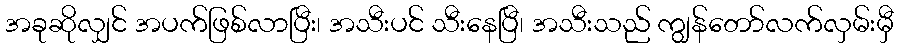
အခုဆိုလျှင် အပက်ဖြစ်လာပြီး၊ အသီးပင် သီးနေပြီ၊ အသီးသည် ကျွန်တော်လက်လှမ်းမှီ